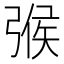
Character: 㢿